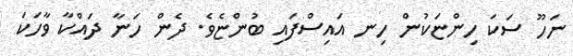
ނަހޫ ސަކަ ހިންޏަކުން ހިނ އައިސްފައި ބުންޏެވެ. ދެން ހަނާ ދައްކާ ވާހަކަ